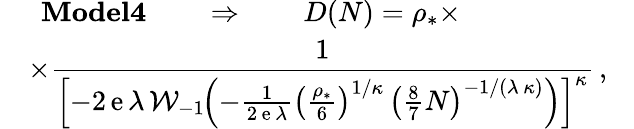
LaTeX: \begin{array}{rl}&{\; \, \textbf{Model4}\qquad\Rightarrow\qquad D(N)=\rho_{\ast}\times}\\ &{\times\displaystyle{\frac{1}{\left[-2\, \mathrm{e}\, \lambda\, \mathcal{W}_{-1}\! \! \: \! \left(-\frac{1}{2\, \mathrm{e}\, \lambda}\left(\frac{\rho_{\ast}}{6}\right)^{1/\kappa}\, \left(\frac{8}{7}N\right)^{-1/(\lambda\, \kappa)}\right)\right]^{\kappa}}}\, ,\phantom{\times}}\end{array}